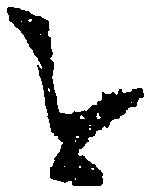
を